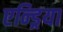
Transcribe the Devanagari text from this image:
एन्ड्रिया